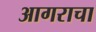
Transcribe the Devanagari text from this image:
आगराचा